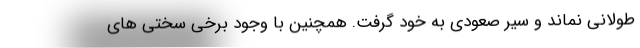
طولانی نماند و سیر صعودی به خود گرفت. همچنین با وجود برخی سختی های